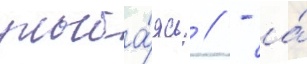
улыба́ясь // - а́